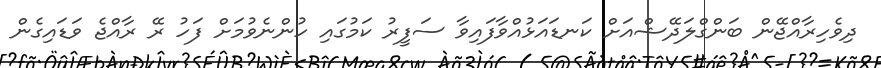
ދިވެހިރާއްޖޭން ބަންގްލަދޭޝްއަށް ކަނޑައަޅުއްވާފައިވާ ސަފީރު ކަމުގައި ހުންނެވުމަށް ފަހު ރޭ ރާއްޖެ ވަޑައިގެން